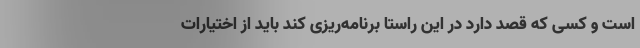
است و کسی که قصد دارد در این راستا برنامه‌ریزی کند باید از اختیارات